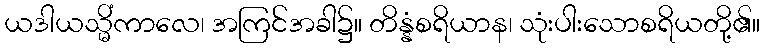
ယဒါယသ္မိံကာလေ၊ အကြင်အခါ၌။ တိန္နံစရိယာန၊ သုံးပါးသောစရိယတို့၏။